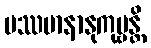
ပဿမာနာနုကုဗ္ဗန္တိ